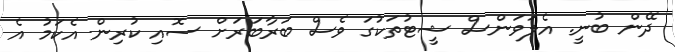
ދޭން ބުނީ. އެލަވަންސް ޝީޓުތަކުގަ ވެސް ބަރާބަރަށް ސޮއި ކުރިން އެކަމު އެ